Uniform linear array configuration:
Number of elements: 12
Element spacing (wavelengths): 0.25
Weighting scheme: hamming
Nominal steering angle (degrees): -30
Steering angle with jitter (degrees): -28.36
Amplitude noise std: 0.05
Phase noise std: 0.05

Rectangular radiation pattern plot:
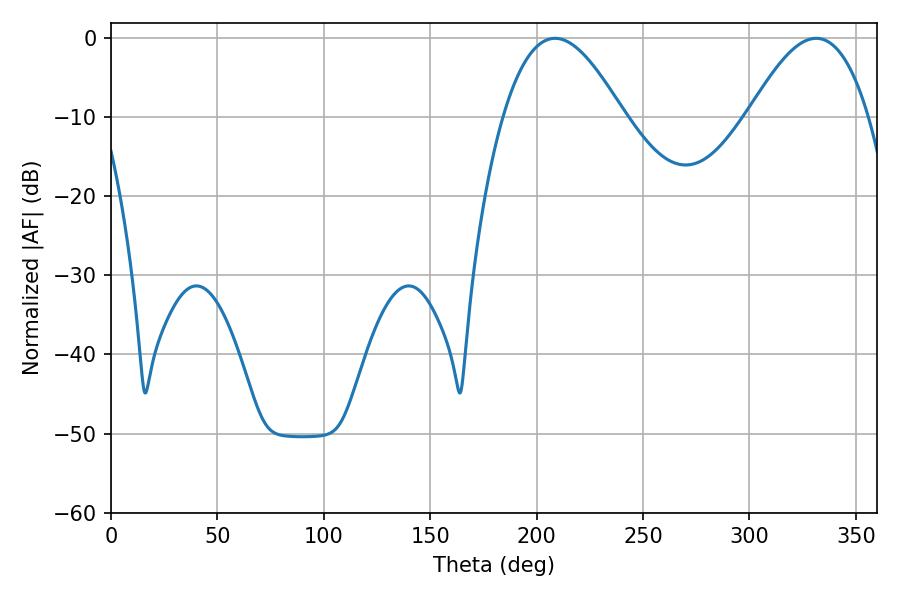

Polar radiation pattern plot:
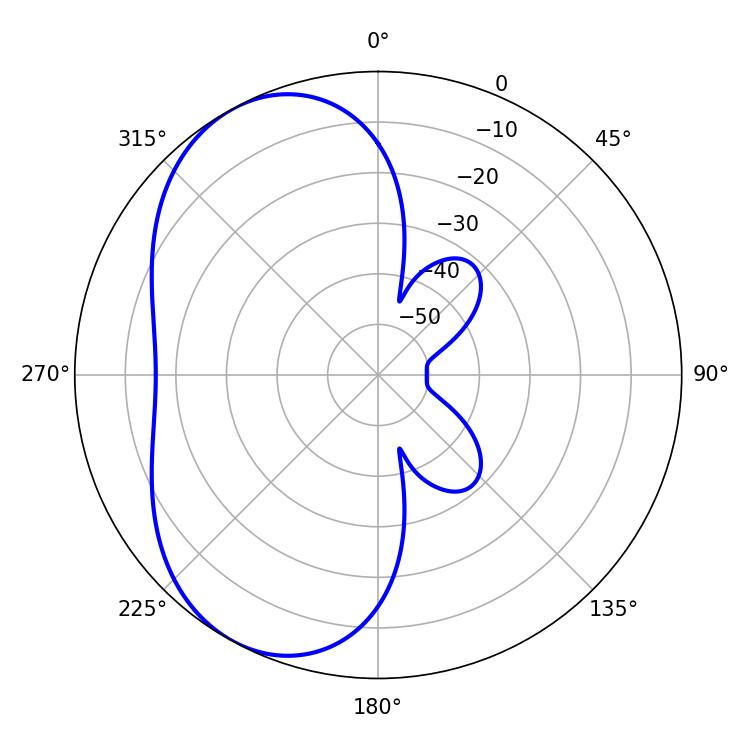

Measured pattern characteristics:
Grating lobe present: FALSE
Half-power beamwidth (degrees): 30.6
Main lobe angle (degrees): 331.38